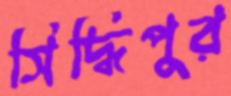
সিদ্ধিপুর